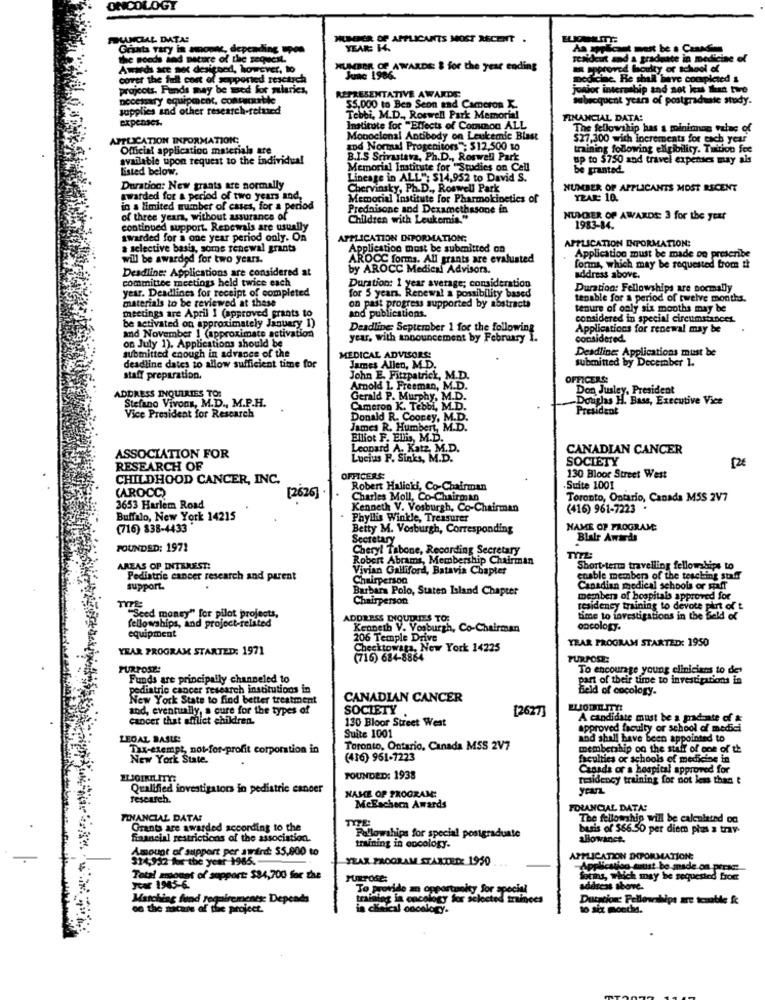
ONCOLOGY
FUNCHAL DATA:
NUMBER OF APPLICANTS MOST RECENT .
Grunts vary in amonec, depending upon
YEAR: 14.
the woods and nature of the request.
Telideut and a graduate in medicine of
Awwdi are set designed, however, to
NUMBER OF AWARDS: & for the year ending
aproved louity or school of
cover the full cost of supported rescarch
June 1986.
medicine. He shall have completed &
projcots. Fands my be med for miaries,
junior interzabip and not kat that twee
necessary equipment, contenutile
REPRESENTATIVE AWARDS
subsequent years of postgraduate study.
supplies and other research-related
$5.000 to Ben Seon and Cameron R.
expenses.
Tebbi, M.D ., Roswell Park Memorial
FINANCIAL DATA:
Institute for "Effects of Common ALL
The fellowship has a moiniman value of
APPLICATION INFORMATIONC;
Monoclonal Antibody on Leukemic Blast
$27,300 with Increments for each year
Official application materials are
and Normal Progenitors": $12,500 to
training following eligibility. Tuition fee
available upon request to the individual
B.I.S Srivastava, Ph.D ., Roswell Park
up to $750 and travel expenses may als
Listed below.
Memorial Institute for "Studies on Cell
be granted.
Lineage in ALL": $14,952 to David S.
Duration: New grants are normally
Chervinsky, Ph.D ., Roswell Park
NUMBER OF APPLICANTS MOST RECENT
awarded for a period of two years and,
Memorial Institute for Pharmokinetics of
YEAR: 10.
in a limited number of cases, for a period
Prednisone and Dexamethasone in
of three years, without assurance of
Children with Leukemia."
NUMBER OF AWARDS: 3 for the year
continued support. Renewals are usually
1983-84.
awarded for a one year period only. On
APPLICATION INFORMATION:
APPLICATION INFORMATION:
a selective basis, some renewal grants
Application must be submitted on
will be awarded for two years.
AROCC forms. All grants are evaluated
Application must be made on prescribe
Deadline: Applications are considered at
by AROCC Medical Advisors.
forms, which may be requested from th
committee meetings held twice each
address above.
year. Deadlines for receipt of completed
Duration: 1 year average; consideration
for 5 years. Renewal a possibility based
Duration: Fellowships are normally
materials to be reviewed at these
on past progress supported by abstracts
tenable for a period of twelve months.
meetings are April I (approved prants to
tenure of oaly six months may be
be activated on approximately January 1)
and publications.
considered in special circumstances
Deadline September 1 for the following
Applications for renewal may be
and November 1 (approximate activation
year, with announcement by February I.
considered.
on July 1). Applications should be
Deadline; Applications must be
submitted enough in advance of the
MEDICAL ADVISORS!
submitted by December 1.
deadline dates to allow sufficient time for
James Allen, M.D.
staff preparation.
John E. Fitzpatrick, M.D.
OFFICERS:
Arnold 1. Freeman, M.D.
Don Jusley, President
ADDRESS INQUIRIES TO:
Stefano Vivons, M.D ., M.P.H.
Gerald P. Murphy, M.D.
-Douglas H. Bass, Executive Vice
Cameron K. Tebbi, M.D.
President
Vice President for Research
Donald R. Cooney, M.D.
James R. Humbert, M.D.
Elliot F. Ellis, M.D.
Leonard A. Katz, M.D.
CANADIAN CANCER
ASSOCIATION FOR
Lucius P. Sinks, M.D.
SOCIETY
12€
RESEARCH OF
CHILDHOOD CANCER, INC.
OFFICERS:
130 Bloor Street West
CAROCC)
Robert Halicki, Co-Chairman
.Suite 1001
[2626]
Charles Moll, Co-Chairman
Toronto, Ontario, Canada M5S 2V7
3653 Harlem Road
Kenneth V. Vosburgh, Co-Chairman
(416) 961-7223
Buffalo, New York 14215
Phyllis Winkle, Treasurer
(716) 838-4433
Betty M. Vosburgh, Corresponding
NAME OF PROGRAME
Secretary
Blair Awards
POUNDSD: 1971
Cheryl Tabone, Recording Secretary
Robert Abrams, Membership Chairman
AREAS OF INTEREST:
Vivian Galliford, Batavia Chapter
Short-term travelling fellowships to
Pediatric cancer research and parent
enable members of the teaching staff
support.
Barbara Polo, Staten Island Chapter
Canadian medical schools or saff
Chairperson
members of hospitals approved for
residency training to devote pint of t
""Seed money" for pilot projects,
fellowships, and project-related
ADDRESS DOUDITES TO:
time to investigations in the field of
Kenneth V. Vosburgh, Co-Chairman
oncology.
equipment
206 Temple Drive
YEAR PROGRAM STARTED: 1950
YEAR PROGRAM STARTED: 1971
Cheektowaga, New York 14225
(716) 684-8864
PURPOSE:
PURPOSE:
To encourage young clinicians to de'
Funds are principally channeled to
part of their time to investigations in
pediatric cancer research institutions in
Beld of cocology.
New York State to find better treatment
CANADIAN CANCER
and, eventually, a cure for the types of
SOCIETY
[2627]
cancer that afflict children.
130 Bloor Street West
A candidate must be a graduate of &
approved faculty or school of medici
LEGAL BASLES
Suite 1001
and shall have been appointed to
Tax-exempt, not-for-profit corporation in
Toronto, Ontario, Canada MSS 2V7
membership on the staff of one of th
New York State.
(416) 951-1223
faculties or schools of medicine in
Canada or a hospital approved for
FOUNDED: 1938
residency training for dot less than &
Qualified investigators in pediatric cancer
research.
NASCE OP PROGRAM:
McEacheen Awards
FOLANCIAL DATA!
FINANCIAL DATA!
TYPE:
The fellowship will be calculated od
Grants are awarded according to the
basis of 566.50 per diem plas z trav-
financial restrictions of the association.
Fellowships for special postgraduate
Blowanet.
Amount of support per award: $5,000 to
training in oncology.
314,952 for the year-1985.
YEAR PROGRAM STARTED: 1950
APPLICATION DHPORMATION:
Application must be made on prrice
Total amount of support: $84,700 for the
Soting, which may be requested from
ycar 1945-6.
To provide an opportunity for special
address above.
Matching fand requirements: Depends
training in oncology for selected trainces
Dutycion: Fellowships are toutle &
on the macare of the project.
in Mical oncology.
to six moechs.